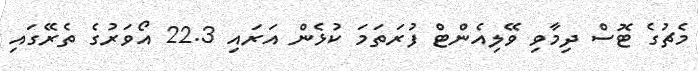
މެޗުގެ ޓޮސް ދިމާވި ވޭލިއެންޓް ފުރަތަމަ ކުޅެން އަރައި 22.3 އޯވަރުގެ ތެރޭގައި